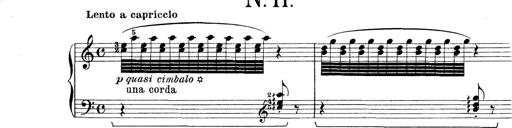
Title: Rapsodie: 19 ungheresi, 1 spagnuola
Composer: Franz Liszt